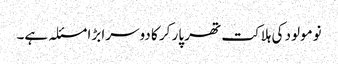
نومولود کی ہلاکت تھر پار کر کا دوسرا بڑا مسئلہ ہے۔